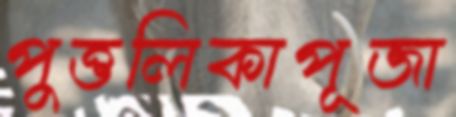
পুত্তলিকাপূজা